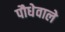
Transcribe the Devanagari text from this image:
पौधेवाले